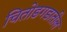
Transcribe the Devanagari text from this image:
चितोडगडातील